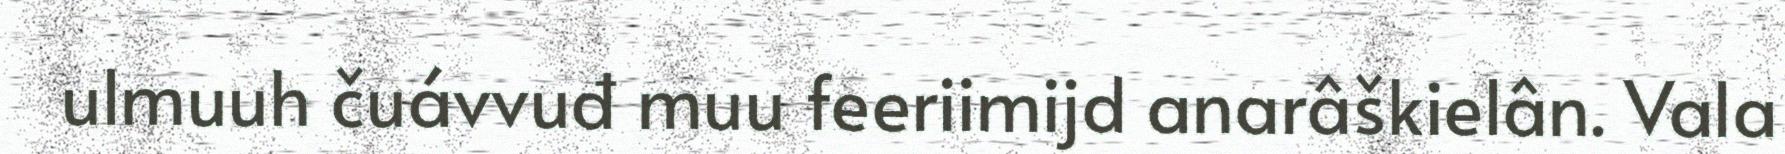
ulmuuh čuávvuđ muu feeriimijd anarâškielân. Vala